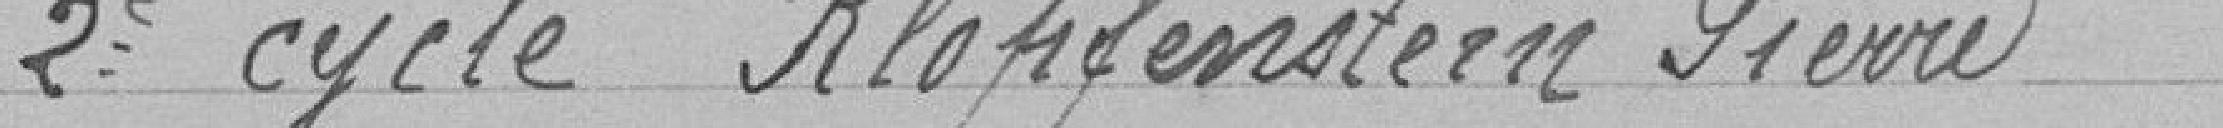
2ème cycle KLOPFENSTEIN Pierre